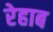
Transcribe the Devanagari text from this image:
रेहाब